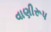
વાણીરૂપ